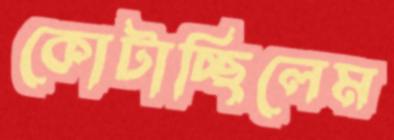
কোটাচ্ছিলেম